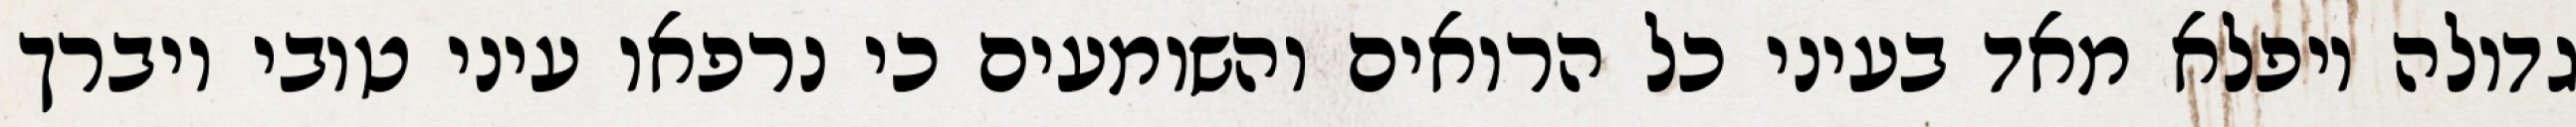
גדולה ויפלא מאד בעיני כל הרואים והשומעים כי נרפאו עיני טובי ויברך